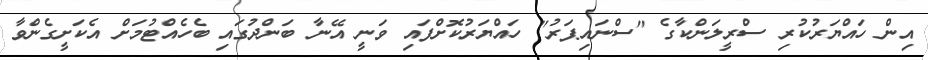
އިން ހައްޔަރުކުރި ސްރީލަންކާގެ "ސްނައިޕަރު" ހައްޔަރުކޮށްފައި ވަނީ އޭނާ ބަންދުގައި ބެހެއްޓުމަށް އެކަށީގެންވާ